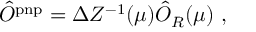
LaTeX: \hat { O } ^ { \mathrm { p n p } } = \Delta Z ^ { - 1 } ( \mu ) \hat { O } _ { R } ( \mu ) \ ,